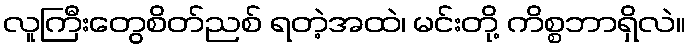
လူကြီးတွေစိတ်ညစ် ရတဲ့အထဲ၊ မင်းတို့ ကိစ္စဘာရှိလဲ။